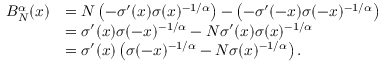
\begin{array} { r l } { B _ { N } ^ { \alpha } ( x ) } & { = N \left( - \sigma ^ { \prime } ( x ) \sigma ( x ) ^ { - 1 / \alpha } \right) - \left( - \sigma ^ { \prime } ( - x ) \sigma ( - x ) ^ { - 1 / \alpha } \right) } \\ & { = \sigma ^ { \prime } ( x ) \sigma ( - x ) ^ { - 1 / \alpha } - N \sigma ^ { \prime } ( x ) \sigma ( x ) ^ { - 1 / \alpha } } \\ & { = \sigma ^ { \prime } ( x ) \left( \sigma ( - x ) ^ { - 1 / \alpha } - N \sigma ( x ) ^ { - 1 / \alpha } \right) . } \end{array}